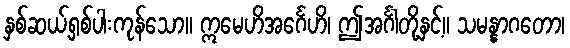
နှစ်ဆယ့်ရှစ်ပါးကုန်သော။ ဣမေဟိအင်္ဂေဟိ၊ ဤအင်္ဂါတို့နှင့်။ သမန္နာဂတော၊